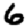
Digit: 6